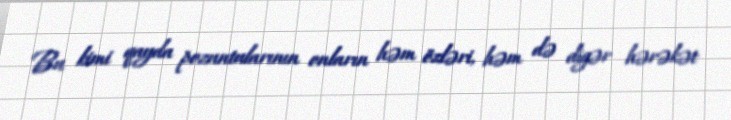
Bu kimi qayda pozuntularının onların həm özləri, həm də digər hərəkət